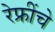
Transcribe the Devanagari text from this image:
रेफ्रींचे